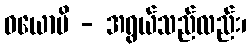
ဝယောပိ - အရွယ်သည်လည်း၊